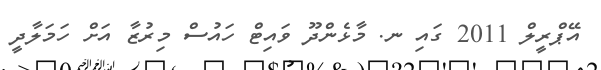
އޭޕްރީލް 2011 ގައި ނ. މާޅެންދޫ ވައިޓް ހައުސް މިރުޒާ އަށް ހަމަލާދީ